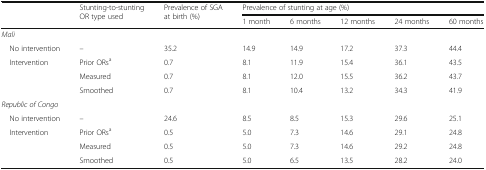
<table><thead><tr><td>[EMPTY_CELL]</td><td rowspan="2"><b>Stunting-to-stunting OR type used</b></td><td rowspan="2"><b>Prevalence of SGA at birth (%)</b></td><td colspan="5"><b>Prevalence of stunting at age (%)</b></td></tr><tr><td>[EMPTY_CELL]</td><td><b>1 month</b></td><td><b>6 months</b></td><td><b>12 months</b></td><td><b>24 months</b></td><td><b>60 months</b></td></tr></thead><tbody><tr><td colspan="8"><i>Mali</i></td></tr><tr><td> No intervention</td><td>–</td><td>35.2</td><td>14.9</td><td>14.9</td><td>17.2</td><td>37.3</td><td>44.4</td></tr><tr><td rowspan="3"> Intervention</td><td>Prior ORs<sup>a</sup></td><td>0.7</td><td>8.1</td><td>11.9</td><td>15.4</td><td>36.1</td><td>43.5</td></tr><tr><td>Measured</td><td>0.7</td><td>8.1</td><td>12.0</td><td>15.5</td><td>36.2</td><td>43.7</td></tr><tr><td>Smoothed</td><td>0.7</td><td>8.1</td><td>10.4</td><td>13.2</td><td>34.3</td><td>41.9</td></tr><tr><td colspan="8"><i>Republic of Congo</i></td></tr><tr><td> No intervention</td><td>–</td><td>24.6</td><td>8.5</td><td>8.5</td><td>15.3</td><td>29.6</td><td>25.1</td></tr><tr><td rowspan="3"> Intervention</td><td>Prior ORs<sup>a</sup></td><td>0.5</td><td>5.0</td><td>7.3</td><td>14.6</td><td>29.1</td><td>24.8</td></tr><tr><td>Measured</td><td>0.5</td><td>5.0</td><td>7.3</td><td>14.6</td><td>29.2</td><td>24.8</td></tr><tr><td>Smoothed</td><td>0.5</td><td>5.0</td><td>6.5</td><td>13.5</td><td>28.2</td><td>24.0</td></tr></tbody></table>